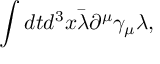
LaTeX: \int d t d ^ { 3 } x \bar { \lambda } \partial ^ { \mu } \gamma _ { \mu } \lambda ,